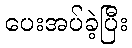
ပေးအပ်ခဲ့ပြီး